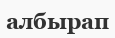
албырап